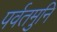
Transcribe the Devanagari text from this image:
पर्वतमुनि